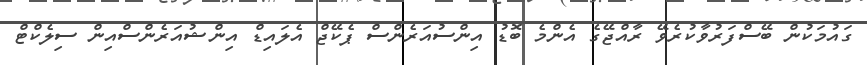
ގައުމަކުން ބޭސްފަރުވާކުރެވޭ ރާއްޖޭގެ އެންމެ ބޮޑު އިންސުއަރެންސް ޕެކޭޖް އެލައިޑް އިންޝުއަރެންސްއިން ސިލެކްޓް